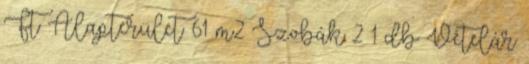
Ft Alapterület 61 m2 Szobák 2 1 db Vételár